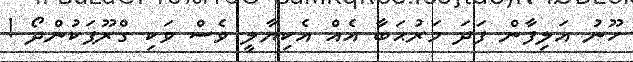
ހޫނު އަލިފާން ފަދަ މަރުޙަބާ އެއް އެކިޔާލީ ވެސް ވަކި ގްރޫޕަކުންދޯ !